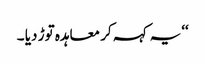
‘‘یہ کہہ کر معاہدہ توڑ دیا ۔